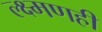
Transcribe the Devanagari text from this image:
ल्क्ष्मणही